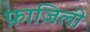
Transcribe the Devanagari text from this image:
फ़ाज़िली